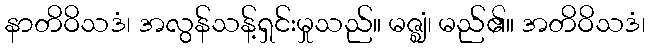
နာတိဝိသဒံ၊ အလွန်သန့်ရှင်းမှုသည်။ မဇ္ဈံ၊ မည်၏။ အတိဝိသဒံ၊